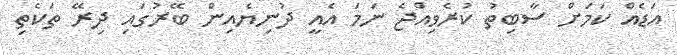
އަޑެއް ކަމަށް ސާބިތު ކުރެވިއްޖެ ނަމަ އެއީ ދުނިޔެއިން ބޭރުގައި ދިރޭ ތަކެތި